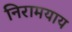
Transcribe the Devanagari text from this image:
निरामयाय